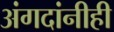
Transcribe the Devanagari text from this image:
अंगदांनीही